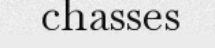
chasses